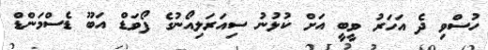
ހުސްވި ދެ އަހަރު ވީބީ އަށް ކުޅުނު ސިއަރަލިއޯނުގެ ފޯވަޑް އަބޫ ޑެސްމަންޑް